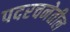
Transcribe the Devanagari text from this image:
पदरचनेतील